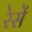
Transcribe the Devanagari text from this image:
रेसें